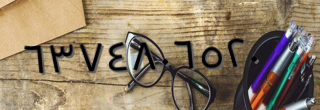
٦٣٧٤٨٠٦٥٢٠